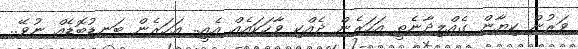
ވަރުން ކިޔާން ގެއްލިދާނެތީ އަހަރެން ދެއްކި ވާހަކައެއް އެއީ.. އަހަރެން ބަނޑުބޮޑެއް ނުވޭ..